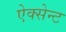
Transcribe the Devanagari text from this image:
ऐक्सेन्ट